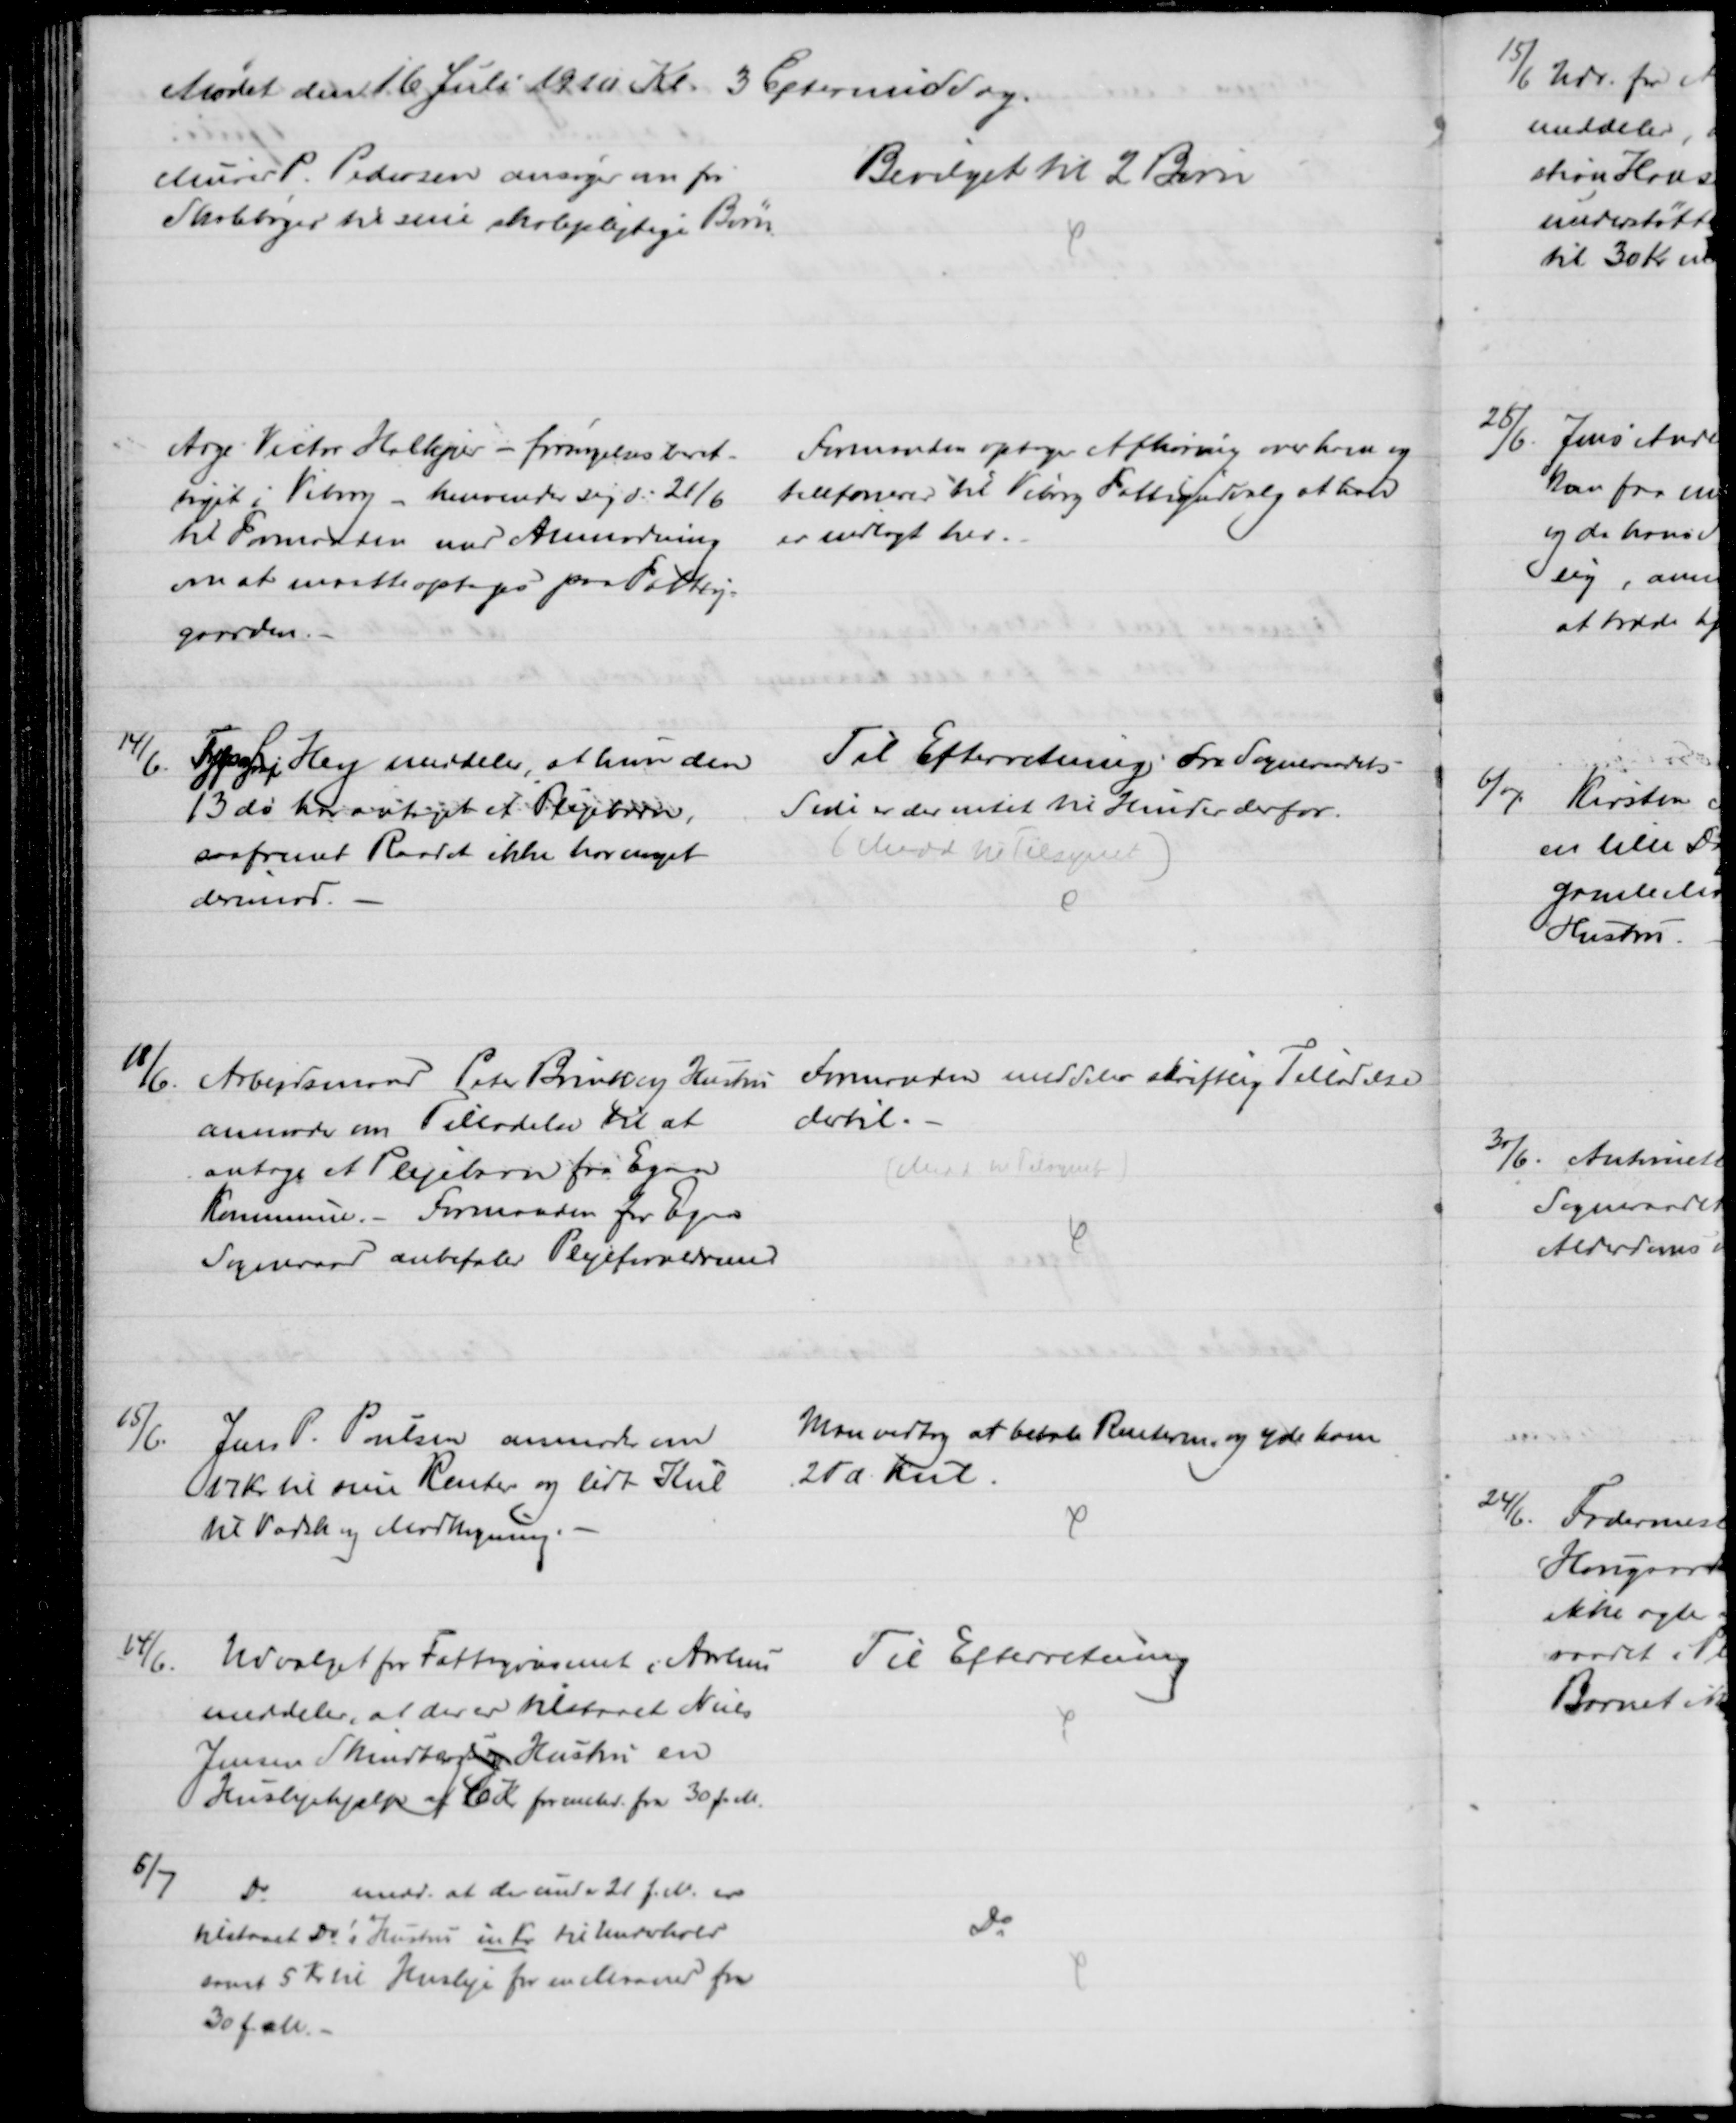
Transskription:
Mødet den 16 Juli 1910 Kl. 3 Eftermiddag.
Murer P. Pedersen ansøger om fri
Skolebøger til sine skolepligtige Børn.
Bevilget til 2 Børn
Aage Victor Halkjær - forsørgelsesberet-
tiget i Viborg - henvender sig d: 21/6
til Formanden med Anmodning
om at maatte optages paa Fattig-
gaarden.
Formanden optager Afhøring over ham og
telefonerer til Viborg Fattigudvalg at han
er indlagt her.
14/6.
Typograf Hey meddeler, at hun den
13 ds har antaget et Plejebarn,
saafremt Raadet ikke har noget
derimod.
Til Efterretning. Fra Sogneraadets
Side er der intet til Hinder derfor.
(Medd til Tilsynet)
18/6. Arbejdsmand Peter Brindberg Hustru
anmoder om Tilladelse til at 
antage et Plejebarn fra Egaa
Kommune. - Formanden for Egaa
Sogneraad anbefaler Plejeforældrene
Formanden meddeler skriftlig Tilladelse
dertil.
(Medd. til Tilsynet)
15/6.
Jens P. Poulsen anmoder om
17 kr til sine Renter og lidt Kul
til Vadsk og Madkogning.
Man vedtog at betale Renterne, og yde ham
2 Td Kul.
14/6.
Udvalget for Fattigvæsenet i Aarhus
meddeler, at der er tilstaaet Niels
Jensen Skindbergs og Hustru en
Huslejehjælp af 6 Kr for  fra 30 f. M.
Til Efterretning
6/7
Do
medd. at der under 21 f. M. er
tilstaaet Do's Hustru én Kr til Underhold
samt 5 Kr til Husleje for en Maaned fra
30 f. M.
Do